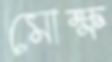
মোক্ষ